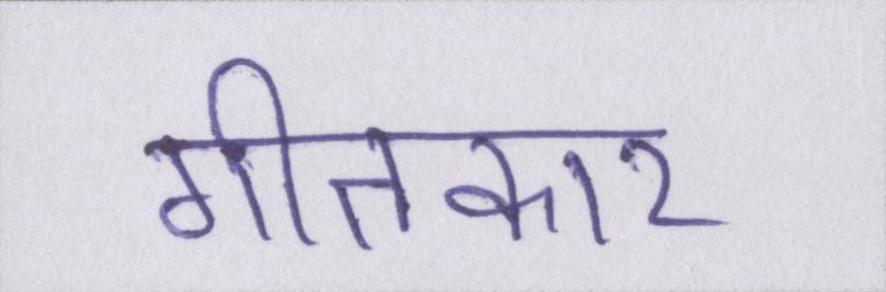
गीतकार